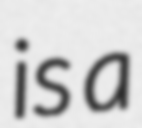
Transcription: is a